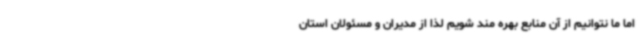
اما ما نتوانیم از آن منابع بهره مند شویم لذا از مدیران و مسئولان استان